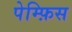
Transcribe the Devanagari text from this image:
पेम्फ़िस